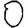
Digit: 0